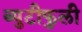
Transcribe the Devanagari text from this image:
ब्युटीफुली